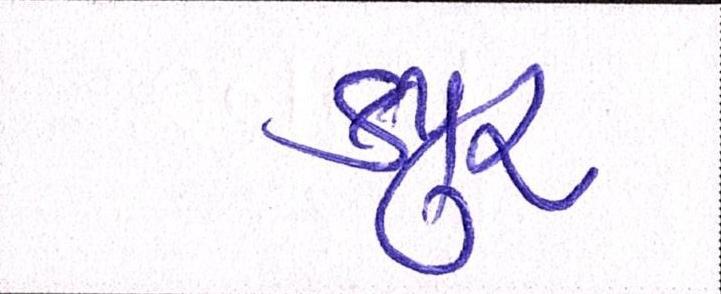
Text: કપૂર